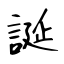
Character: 誕